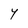
Character: Y